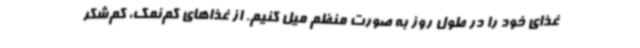
غذای خود را در طول روز به صورت منظم میل کنیم. از غذاهای کم‌نمک، کم‌شکر